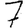
Digit: 7